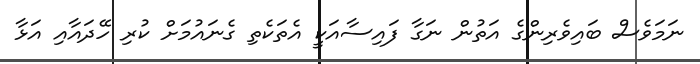
ނަމަވެސް ބައިވެރިންގެ އަތުން ނަގާ ފައިސާއަކީ އެތަކެތި ގެނައުމަށް ކުރި ހޭދައާއި އަޅާ